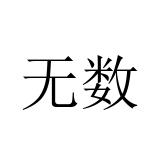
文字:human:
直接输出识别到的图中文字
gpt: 无数